Annual report on the working of the lock hospitals in the North-Western Provinces and Oudh
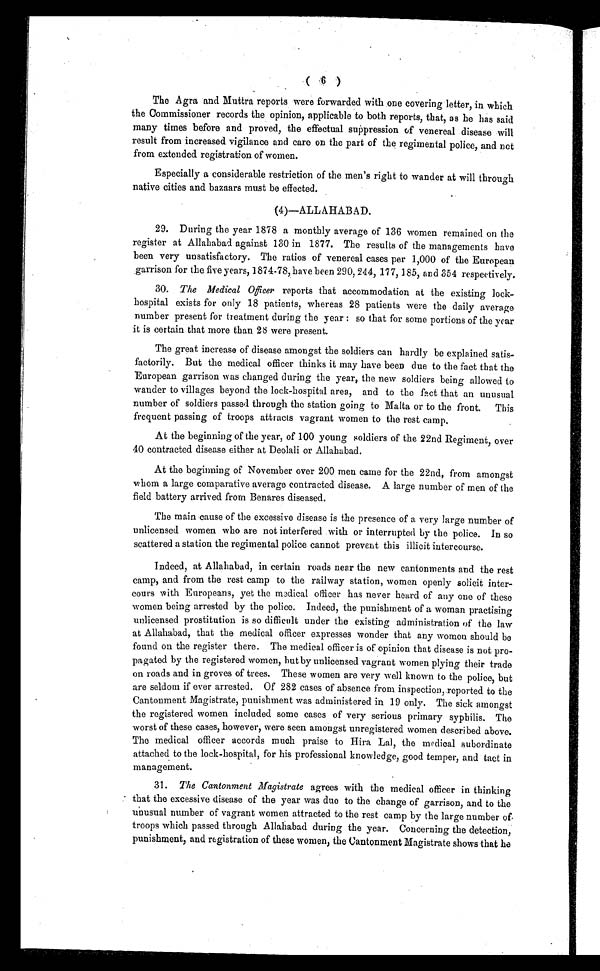
The Agra and Muttra reports were forwarded with one covering letter, in which
the Commissioner records the opinion, applicable to both reports, that, as he has said
many times before and proved, the effectual suppression of venereal disease will
result from increased vigilance and care on the part of the regimental police, and not
from extended. registration of women.
Especially a considerable restriction of the men's right to wander at will through
native cities and bazaars must be effected.
(4)—ALLAHABAD.
29. During the year 1878 a monthly average of 136 women remained on the
register at Allahabad against 130 in 1877. The results of the managements have
been very unsatisfactory. The ratios of venereal cases per 1,000 of the European
garrison for the five years, 1874-78, have been 290, 244, 177, 185, and 354 respectively.
30. The Medical Officer reports that accommodation at the existing lock-
hospital exists for only 18 patients, whereas 28 patients were the daily average
number present for treatment during the year : so that for some portions of the year
it is certain that more than 28 were present.
The great increase of disease amongst the soldiers can hardly be explained satis-
factorily. But the medical officer thinks it may have been due to the fact that the
European garrison was changed during the year, the new soldiers being allowed to
wander to villages beyond the lock-hospital area, and to the fact that an unusual
number of soldiers passed through the station going to Malta or to the front. This
frequent passing of troops attracts vagrant women to the rest camp.
At the beginning of the year, of 100 young soldiers of the 22nd Regiment, over
40 contracted disease either at Deolali or Allahabad.
At the beginning of November over 200 men came for the 22nd, from amongst
whom a large comparative average contracted disease. A large number of men of the
field battery arrived from Benares diseased.
The main cause of the excessive disease is the presence of a very large number of
unlicensed women who are not interfered with or interrupted by the police. In so
scattered a station the regimental police cannot prevent this illicit intercourse.
Indeed, at Allahabad, in certain roads near the new cantonments and the rest
camp, and from the rest camp to the railway station, women openly solicit inter-
cours with Europeans, yet the medical officer has never heard of any one of these
women being arrested by the police. Indeed, the punishment of a woman practising
unlicensed prostitution is so difficult under the existing administration of the law
at Allahabad, that the medical officer expresses wonder that any women should be
found on the register there. The medical officer is of opinion that disease is not pro-
pagated by the registered women, but by unlicensed vagrant women plying their trade
on roads and in groves of trees. These women are very well known to the police, but
are seldom if ever arrested. Of 282 cases of absence from inspection, reported to the
Cantonment Magistrate, punishment was administered in 19 only. The sick amongst
the registered women included some cases of very serious primary syphilis. The
worst of these cases, however, were seen amongst unregistered women described above.
The medical officer accords much praise to Hira Lal, the medical subordinate
attached to the lock-hospital, for his professional knowledge, good temper, and tact in
management.
31. The Cantonment Magistrate agrees with the medical officer in thinking
that the excessive disease of the year was duo to the change of garrison, and to the
unusual number of vagrant women attracted to the rest camp by the large number of-
troops which passed through Allahabad during the year. Concerning the detection,
punishment, and registration of these women, the Cantonment Magistrate shows that he